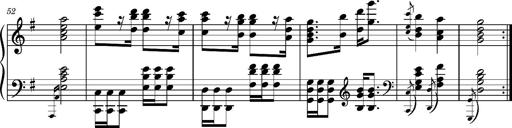
Title: Ungarischer Romanzero
Composer: Franz Liszt